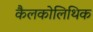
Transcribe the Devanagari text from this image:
कैलकोलिथिक